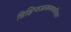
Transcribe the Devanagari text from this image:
विक्षिप्तआवमथपरिहार